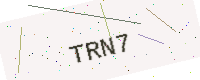
Text: TRN7